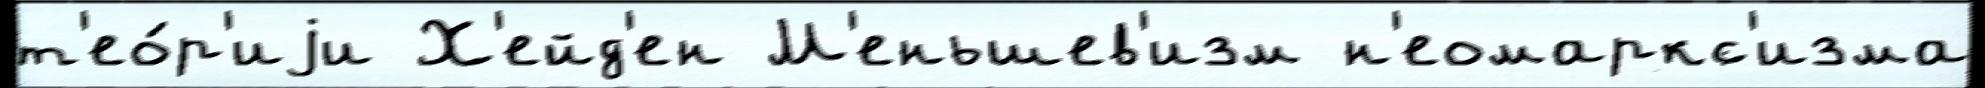
т'ео́р'иjи Х'ейд'ен М'еньшев'изм н'еомаркс'изма